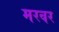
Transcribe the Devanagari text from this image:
मरवर